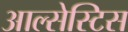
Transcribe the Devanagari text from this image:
आल्सेस्टिस